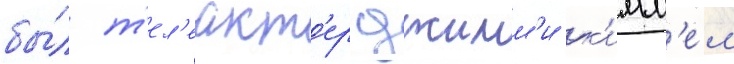
бы́л т'ел'еакт'ер джимм'и к'имм'ел